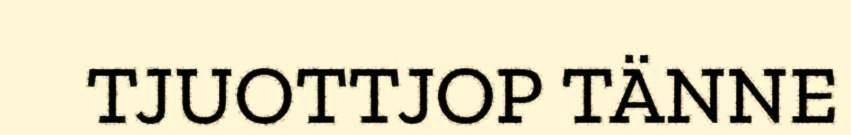
TJUOTTJOP TÄNNE